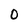
Character: 0